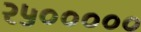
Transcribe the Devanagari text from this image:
२५०००००